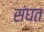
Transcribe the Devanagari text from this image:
संघत